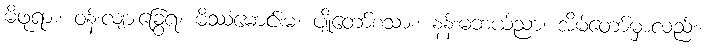
မိဖုရား၊ ဝန်းလျားခြွေရံ၊ မိဿံမောင်းမ၊ ပျိုတော်စသား၊ နန်းမဘယ်ညာ၊ အိမ်တော်မှာလည်း၊